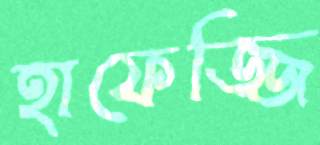
হাফেজ্জি